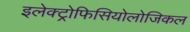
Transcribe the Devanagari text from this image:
इलेक्ट्रोफिसियोलोजिकल